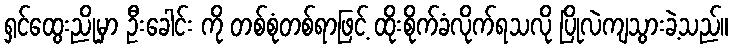
ရှင်ထွေးညိုမှာ ဦးခေါင်း ကို တစ်စုံတစ်ရာဖြင့် ထိုးစိုက်ခံလိုက်ရသလို ပြိုလဲကျသွားခဲ့သည်။